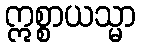
ဣစ္စာယသ္မာ